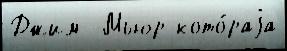
Джим  Мьюр кото́раjа